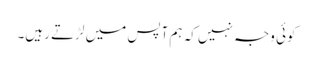
کوئی وجہ نہیں کہ ہم آپس میں لڑتے رہیں۔